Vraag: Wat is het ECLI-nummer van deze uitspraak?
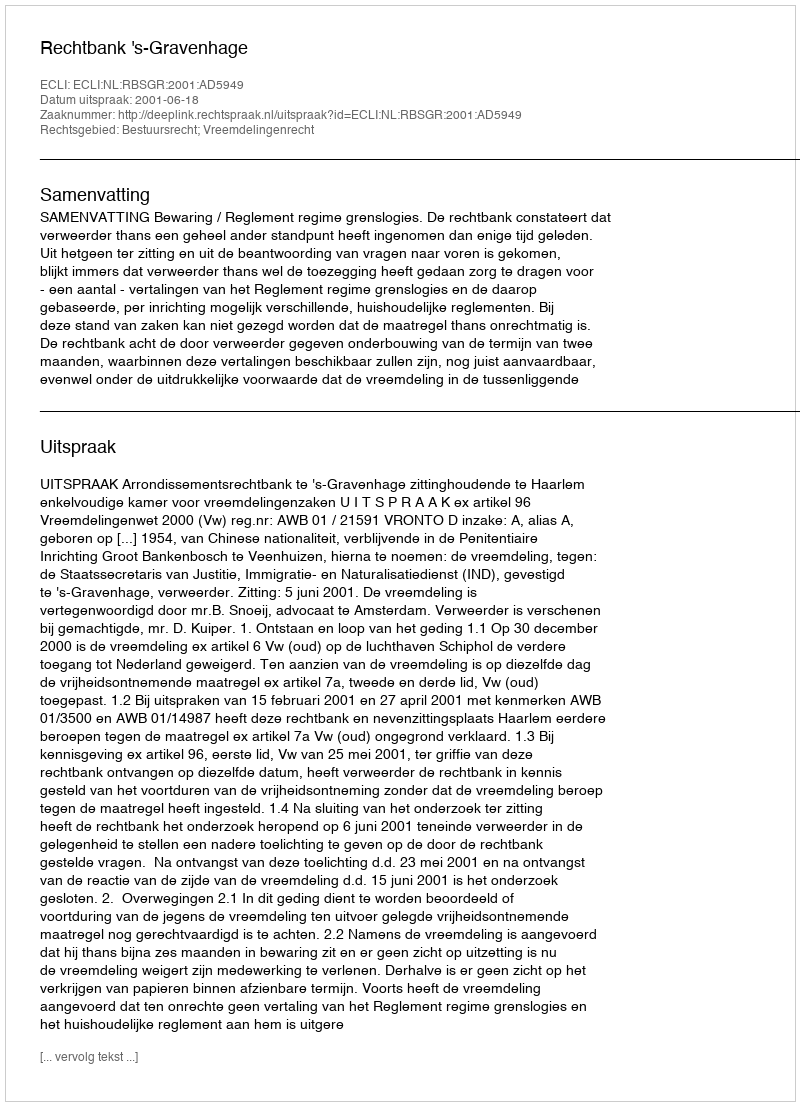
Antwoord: ECLI:NL:RBSGR:2001:AD5949